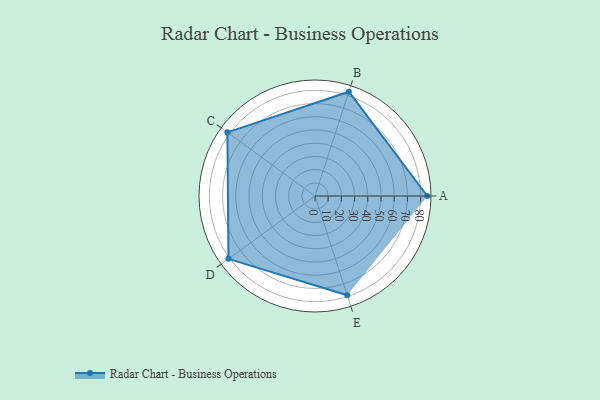
{"axis": {"x": "Skill", "y": "Score"}, "legend": ["Profile"], "data": [{"x": "A", "y": 85.0, "type": "Profile"}, {"x": "B", "y": 83.0, "type": "Profile"}, {"x": "C", "y": 82.0, "type": "Profile"}, {"x": "D", "y": 81.0, "type": "Profile"}, {"x": "E", "y": 79.0, "type": "Profile"}]}